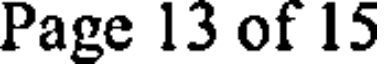
Page 13 of 15